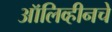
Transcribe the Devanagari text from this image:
ऑलिव्हीनचे